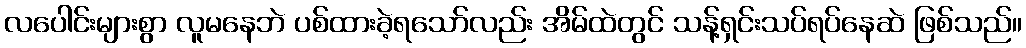
လပေါင်းများစွာ လူမနေဘဲ ပစ်ထားခဲ့ရသော်လည်း အိမ်ထဲတွင် သန့်ရှင်းသပ်ရပ်နေဆဲ ဖြစ်သည်။